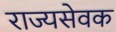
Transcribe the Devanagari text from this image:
राज्यसेवक